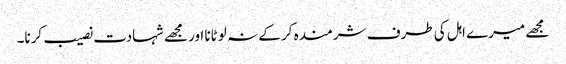
مجھے میرے اہل کی طرف شرمندہ کر کے نہ لوٹانا اور مجھے شہادت نصیب کرنا۔